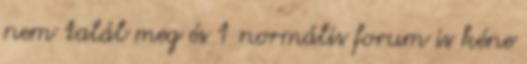
nem talál meg és 1 normális forum is kéne